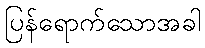
ပြန်ရောက်သောအခါ